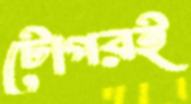
টোপরই